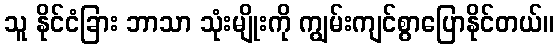
သူ နိုင်ငံခြား ဘာသာ သုံးမျိုးကို ကျွမ်းကျင်စွာပြောနိုင်တယ်။